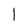
Character: l